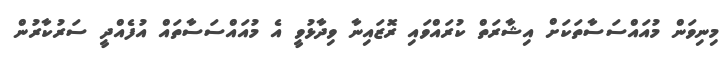
މިނިވަން މުއައްސަސާތަކަށް އިޝާރަތް ކުރައްވައި ރޮޒައިނާ ވިދާޅުވީ އެ މުއައްސަސާތައް އުފެއްދީ ސަރުކާރުން